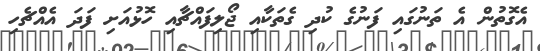
އެގޮތުން އެ ތަނުގައި ފަނުގެ ކުދި ގެތަކާއި ޖޯލިފައްޗާއި ހޮޅުއަށި ފަދަ އެއްޗެހި